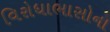
વિરોધાભાસોના